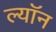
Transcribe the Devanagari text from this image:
ल्याॅन